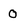
Character: 0